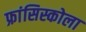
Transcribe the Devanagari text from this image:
फ्रांसिस्कोला